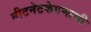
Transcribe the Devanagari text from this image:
नीटनेटकेपणाची